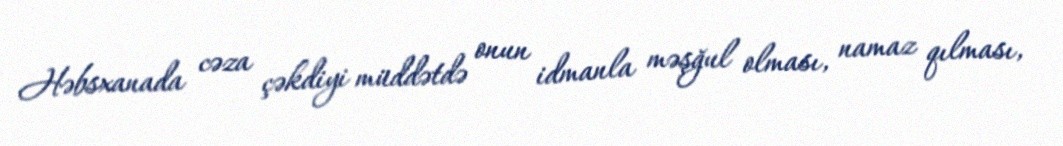
Həbsxanada cəza çəkdiyi müddətdə onun idmanla məşğul olması, namaz qılması,